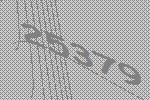
25379